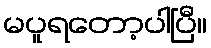
မပူရတော့ပါပြီ။